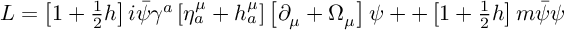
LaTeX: \begin{array} { c } { { L = \left[ 1 + \frac 1 2 h \right] i \bar { \psi } \gamma ^ { a } \left[ \eta _ { a } ^ { \mu } + h _ { a } ^ { \mu } \right] \left[ \partial _ { \mu } + \Omega _ { \mu } \right] \psi + + \left[ 1 + \frac 1 2 h \right] m \bar { \psi } \psi } } \end{array}